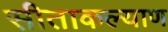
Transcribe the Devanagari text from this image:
सीताकल्याण